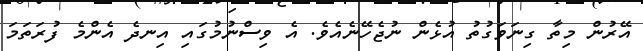
އޭރުން މިތާ ގިނަވަގުތު އުޅެން ނުޖެހޭނެއެވެ. އެ ވިސްނުމުގައި އިނދެ އެންމެ ފުރަތަމަ